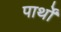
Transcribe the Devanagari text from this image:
पार्थों